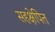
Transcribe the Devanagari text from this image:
सहक्षेपित